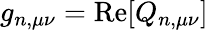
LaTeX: g_{n,\mu\nu}=\operatorname{Re}[Q_{n,\mu\nu}]